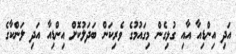
އަދި އިންޑިއާ އާއި ގުޅިގެން މިގައުމުގެ ވެރިކަން ބަދަލުކޮށް އިންޑިއާ އަދި ލަންކާގެ